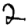
Digit: 2